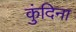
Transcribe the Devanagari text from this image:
कुंदिना